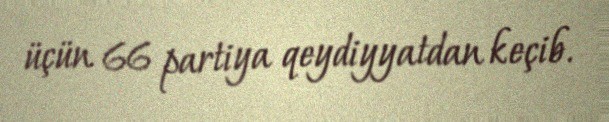
üçün 66 partiya qeydiyyatdan keçib.